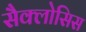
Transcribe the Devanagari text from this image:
सैक्लोसिस